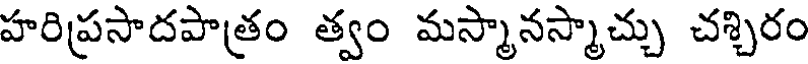
హరిప్రసాదపాత్రం త్వం మస్మానస్మాచ్చు చశ్చిరం